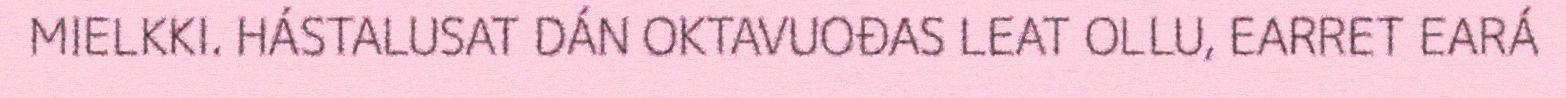
MIELKKI. HÁSTALUSAT DÁN OKTAVUOĐAS LEAT OLLU, EARRET EARÁ